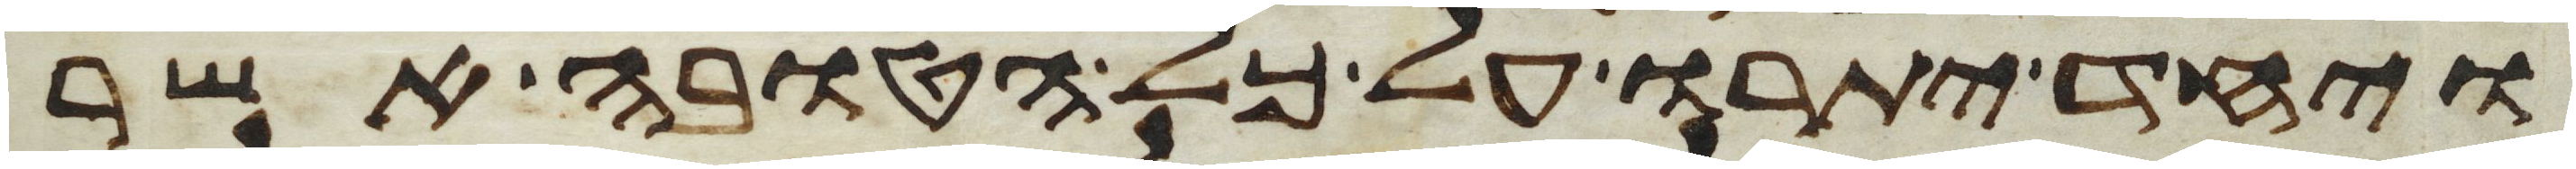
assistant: ויחד יתרו על כל הטובה אשר